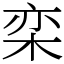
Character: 栾